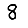
Digit: 8